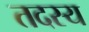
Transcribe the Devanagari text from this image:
तदस्य